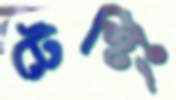
টেস্টিং